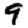
Digit: 9